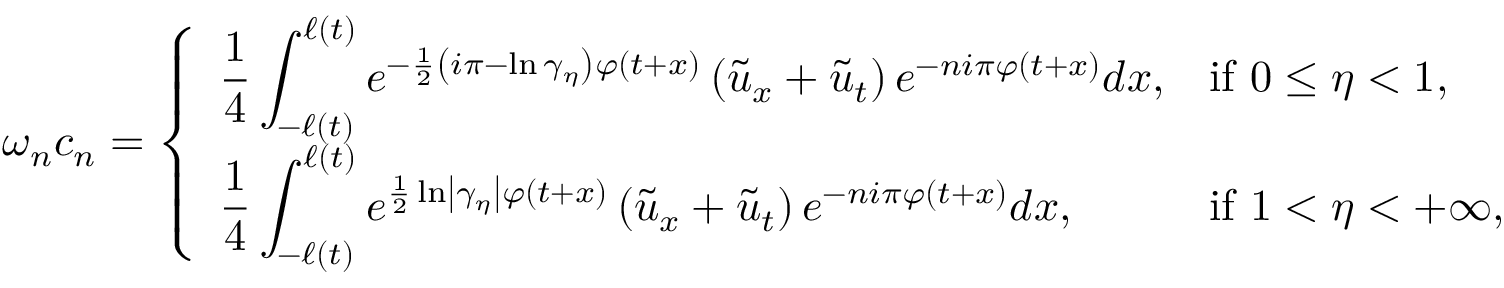
\omega _ { n } c _ { n } = \left\{ \begin{array} { l l } { \displaystyle \frac { 1 } { 4 } \int _ { - \ell \left( t \right) } ^ { \ell \left( t \right) } e ^ { - \frac { 1 } { 2 } \left( i \pi - \ln \gamma _ { \eta } \right) \varphi ( t + x ) } \left( \tilde { u } _ { x } + \tilde { u } _ { t } \right) e ^ { - n i \pi \varphi ( t + x ) } d x \medskip , } & { \mathrm { i f ~ } 0 \leq \eta < 1 , } \\ { \displaystyle \frac { 1 } { 4 } \int _ { - \ell \left( t \right) } ^ { \ell \left( t \right) } e ^ { \frac { 1 } { 2 } \ln \left\vert \gamma _ { \eta } \right\vert \varphi ( t + x ) } \left( \tilde { u } _ { x } + \tilde { u } _ { t } \right) e ^ { - n i \pi \varphi ( t + x ) } d x , } & { \mathrm { i f ~ } 1 < \eta < + \infty , } \end{array} \right.